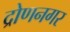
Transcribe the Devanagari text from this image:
द्रोणनगर